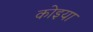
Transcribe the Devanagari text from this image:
कोइया